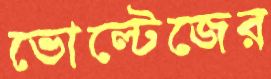
ভোল্টেজের